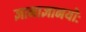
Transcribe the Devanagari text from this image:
ज्ञानाज्ञानयोः